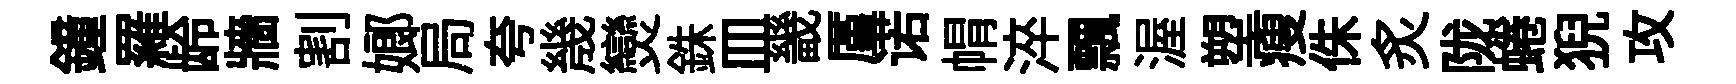
鐘羅龄牆割嫏局夸㡬𤓖銖皿畿厪诺㡌淬飄渥塑瘦侏炙陇蜷猊攻